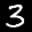
Label: 3